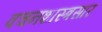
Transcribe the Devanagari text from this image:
वचनशास्त्रसार